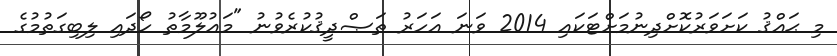
މި ޙައްޤު ކަށަވަރުކޮށްދިނުމަށްޓަކައި 2014 ވަނަ އަހަރު ތަޞްދީޤުކުރެވުނު "މަޢުލޫމާތު ހޯދައި ލިބިގަތުމުގެ